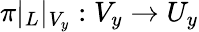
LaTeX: \pi|_{L}|_{V_{y}}:V_{y}\rightarrow U_{y}